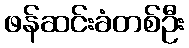
ဖန်ဆင်းခံတစ်ဦး